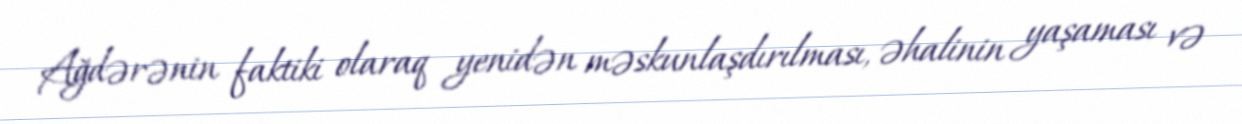
Ağdərənin faktiki olaraq yenidən məskunlaşdırılması, əhalinin yaşaması və